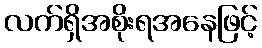
လက်ရှိအစိုးရအနေဖြင့်